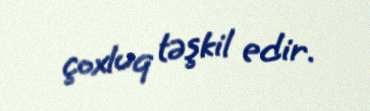
çoxluq təşkil edir.